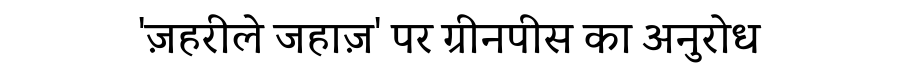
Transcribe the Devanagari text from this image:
'ज़हरीले जहाज़' पर ग्रीनपीस का अनुरोध